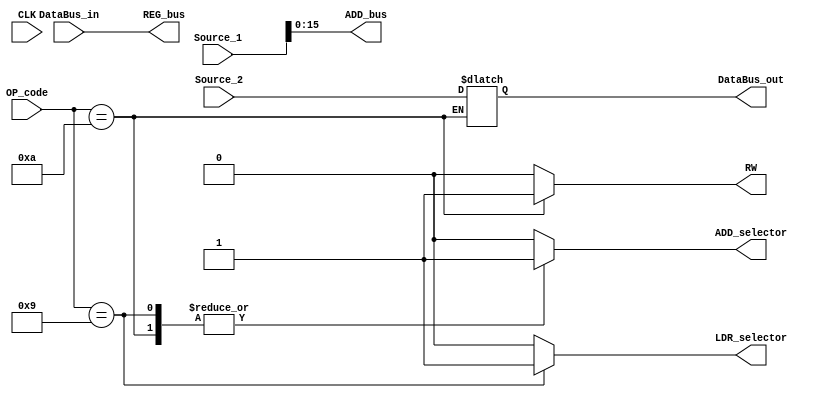
module Memory_Control (CLK, Source_1, Source_2, OP_code, DataBus_in, DataBus_out, ADD_selector, LDR_selector, ADD_bus, REG_bus, RW);
  input CLK;

  input [31:0] Source_1;
  input [31:0] Source_2;
    
  input [3:0] OP_code;
  
  input      [31:0] DataBus_in;
  output reg [31:0] DataBus_out;
  
  output reg ADD_selector;
  output reg LDR_selector;

  output reg [15:0] ADD_bus;
  output reg [31:0] REG_bus;
  
  output reg RW;
  
 
  always@* 
  begin
    ADD_bus <= Source_1[15:0];
    REG_bus <= DataBus_in;
    case(OP_code) // execute LDR operation
      4'b1001: begin
        RW <= 1'b0;
        ADD_selector <= 1'b1;
        LDR_selector <= 1'b1;  
              
      end

      4'b1010: begin //execute STR operation
        RW <= 1'b1;
        ADD_selector <= 1'b1;
        LDR_selector <= 1'b0;  
        DataBus_out <= Source_2; 
               
      end
      
      default: begin
        RW <= 1'b0;
        ADD_selector <= 1'b0;
        LDR_selector <= 1'b0;  
        
      end  
    endcase

    
  end
endmodule